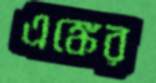
এঙ্কের